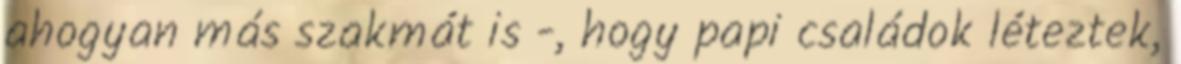
ahogyan más szakmát is -, hogy papi családok léteztek,